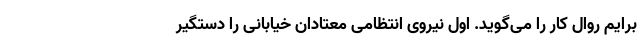
برایم روال کار را می‌گوید. اول نیروی انتظامی معتادان خیابانی را دستگیر